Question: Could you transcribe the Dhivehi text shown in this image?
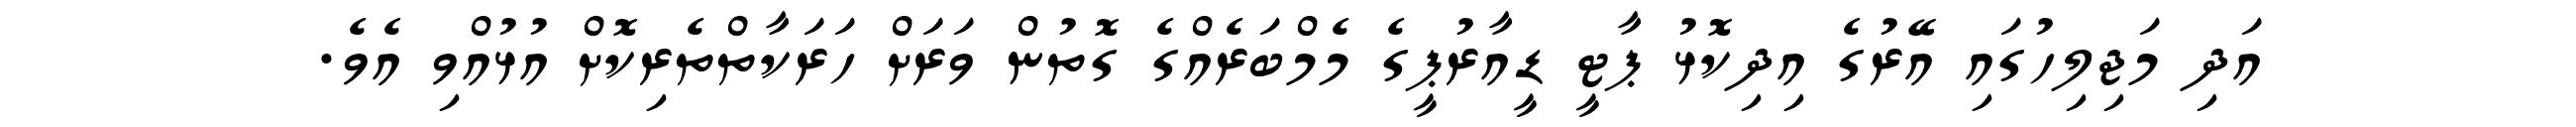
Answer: އަދި މަޖިލިހުގައި އޭރުގެ އިދިކޮޅު ޕާޓީ ޑީއާރުޕީގެ މެމްބަރެއްގެ ގޮތުން ވަރަށް ހަރަކާތްތެރިކޮށް އުޅުއްވި އެވެ.